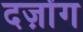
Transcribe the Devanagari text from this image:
दज़ोंग